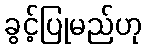
ခွင့်ပြုမည်ဟု